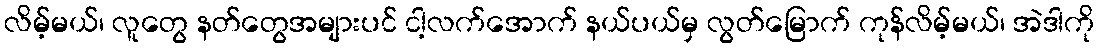
လိမ့်မယ်၊ လူတွေ နတ်တွေအများပင် ငါ့လက်အောက် နယ်ပယ်မှ လွတ်မြောက် ကုန်လိမ့်မယ်၊ အဲဒါကို